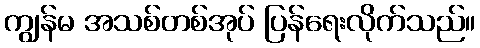
ကျွန်မ အသစ်တစ်အုပ် ပြန်ရေးလိုက်သည်။